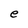
Character: e